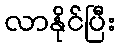
လာနိုင်ပြီး